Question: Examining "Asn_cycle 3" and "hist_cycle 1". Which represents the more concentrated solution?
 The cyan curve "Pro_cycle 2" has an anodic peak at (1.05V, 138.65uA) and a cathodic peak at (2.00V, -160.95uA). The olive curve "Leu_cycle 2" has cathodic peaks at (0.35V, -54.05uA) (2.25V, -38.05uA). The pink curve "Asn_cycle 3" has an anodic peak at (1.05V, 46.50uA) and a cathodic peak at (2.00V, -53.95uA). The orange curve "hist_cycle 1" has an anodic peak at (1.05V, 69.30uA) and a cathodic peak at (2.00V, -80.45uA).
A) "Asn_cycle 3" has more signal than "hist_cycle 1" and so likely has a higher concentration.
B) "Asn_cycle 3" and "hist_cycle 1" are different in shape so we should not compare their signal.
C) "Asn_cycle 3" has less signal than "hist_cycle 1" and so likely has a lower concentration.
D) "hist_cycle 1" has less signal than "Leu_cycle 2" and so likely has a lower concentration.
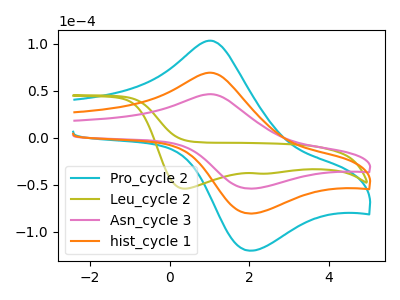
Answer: <think>All the peaks in "Asn_cycle 3" have a peak in "hist_cycle 1" at the same potential. Every peak in "Asn_cycle 3" is lower than every peak in "hist_cycle 1".
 </think>
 <answer>C) "Asn_cycle 3" has less signal than "hist_cycle 1" and so likely has a lower concentration.</answer>
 <eval>C</eval>